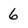
Character: 6